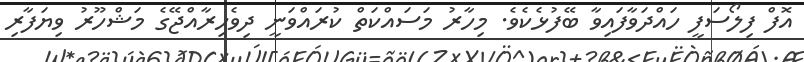
އޮފް ފިލޯސަފީ ހައްދަވާފައިވާ ބޭފުޅެކެވެ. މިހާރު މަސައްކަތް ކުރައްވަނީ ދިވެހިރާއްޖޭގެ މަޝްހޫރު ވިޔަފާރި